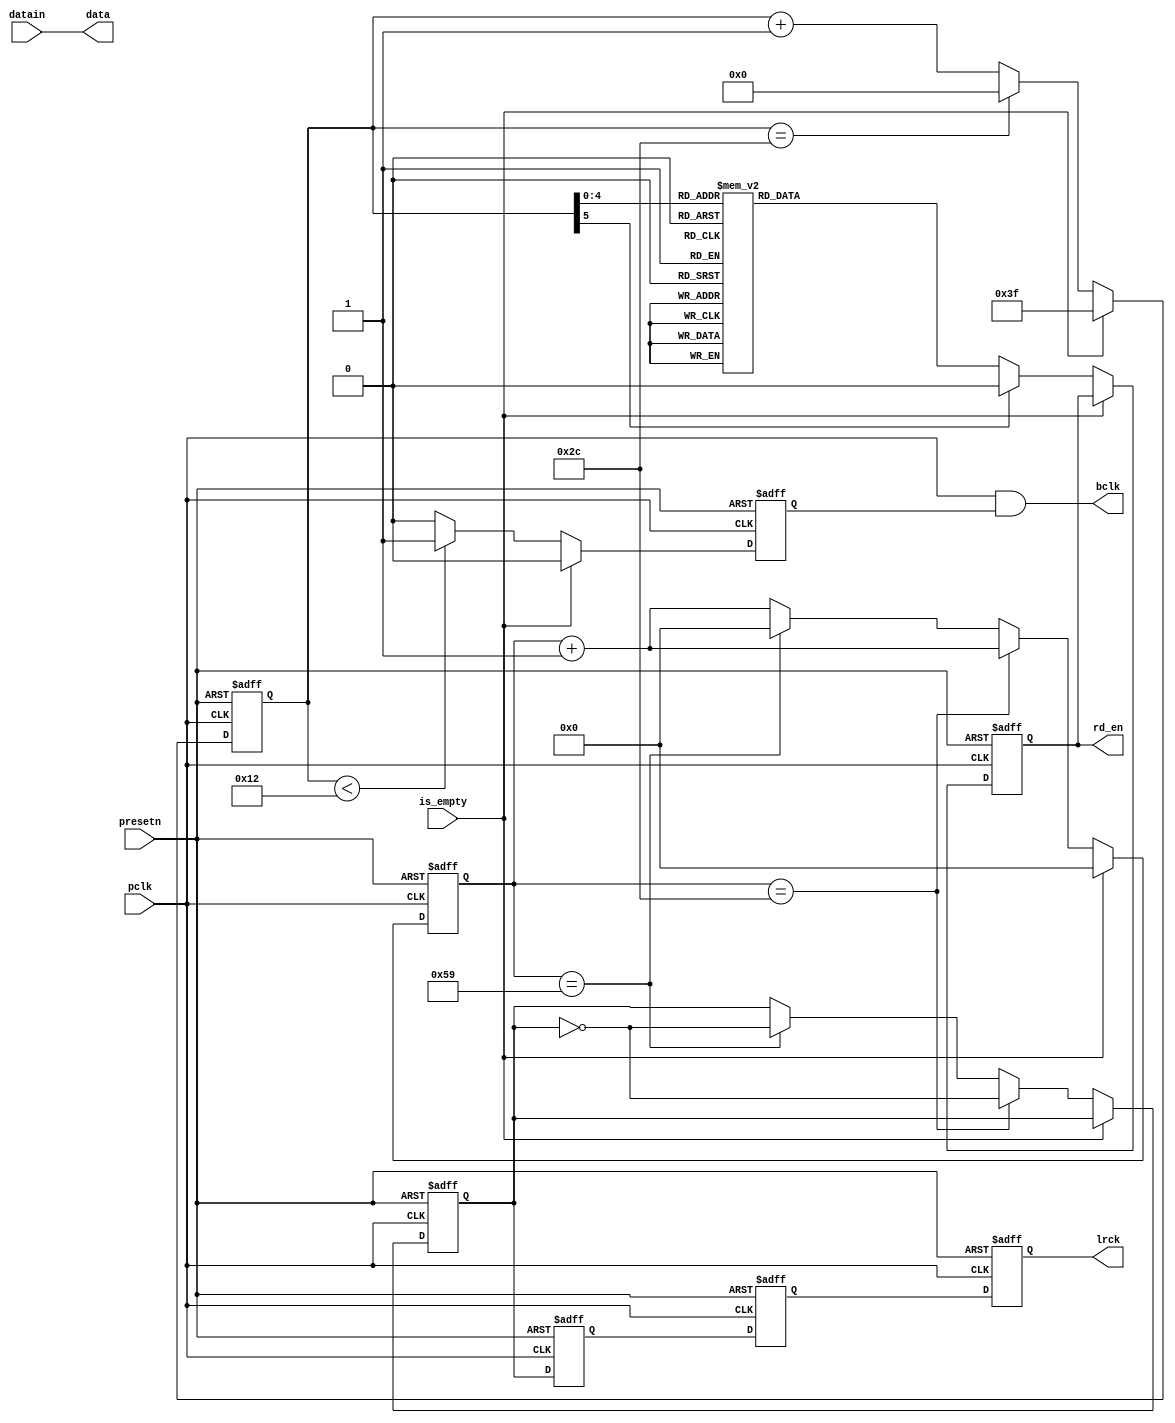
module senderpart(
	pclk,
	presetn,
	datain,
	is_empty,
	lrck,
	data,
	bclk,
	rd_en
);
input pclk;
input presetn;
input datain;
input is_empty;					//FIFO2
output lrck;
output data;
output rd_en;	
output bclk;
reg bclk_en;
reg[5:0]bclk_cnt;
reg rd_en_reg;
reg[6:0]lrckcnt;
reg lrck_reg;
//always@(negedge pclk or negedge presetn)			//WS
//	begin
//		if(!presetn)
//		begin
//			lrckcnt <= 7'd0;
//			lrck_reg	<= 1'b0;
//		end
//		else
//				if(lrckcnt ==7'd44)							//WS4590WS
//				begin
//					lrck_reg <= ~lrck_reg;
//					lrckcnt <= lrckcnt +1'b1;
//				end
//				else if (lrckcnt ==7'd89)
//				begin
//					lrck_reg <= ~lrck_reg;
//					lrckcnt <= 7'd0;
//				end
//				else
//					lrckcnt <=lrckcnt +1'b1;
//		end
//	end
//	
always@(posedge pclk or negedge presetn)			//WS
	begin
		if(!presetn)
		begin
			lrckcnt <= 7'd0;
			lrck_reg	<= 1'b0;
		end
		else
		begin
			if(!is_empty)
				begin
					if(lrckcnt ==7'd44)							//WS4590WS
					begin
						lrck_reg <= ~lrck_reg;
						lrckcnt <= lrckcnt +1'b1;
					end
					else if (lrckcnt ==7'd89)
					begin
						lrck_reg <= ~lrck_reg;
						lrckcnt <= 7'd0;
					end
					else
						lrckcnt <=lrckcnt +1'b1;
				end
			else
				lrckcnt <= 7'd0;
		end
	end
reg lrck_reg_delay1;
reg lrck_reg_delay2;
always@(posedge pclk or negedge presetn)			//WS
begin
	if(!presetn)
	begin
		lrck_reg_delay1 <= 1'b0;
		lrck_reg_delay2 <= 1'b0;
	end
	else
	begin
		lrck_reg_delay1 <= lrck_reg;
		lrck_reg_delay2 <= lrck_reg_delay1;
	end
end
reg lrck_reg_delay3;
always@(negedge pclk or negedge presetn)			//WS
begin
	if(!presetn)
		lrck_reg_delay3 <= 1'b0;
	else
		lrck_reg_delay3 <= lrck_reg_delay2;
end
	

always@(posedge pclk or negedge presetn)		//bclk
begin
	if(!presetn)
		bclk_cnt <= 6'd63;
	else if(!is_empty)
	begin
		if(bclk_cnt ==6'd44)
			bclk_cnt <= 6'd0;
		else
			bclk_cnt <= bclk_cnt +1'b1;
	end
	else
		bclk_cnt <= 6'd63;
end														//bclk
always@(negedge pclk or negedge presetn)
begin
	if(!presetn)
		bclk_en = 1'b0;
	else if(!is_empty)
	begin
	if(bclk_cnt <18)
		bclk_en <=1'b1;
	else
		bclk_en <=1'b0;
	end
	else
		bclk_en <=1'b0;
end

//reg datain_delay1;			//datain
//always@(negedge  pclk or negedge presetn)
//begin
//	if(!presetn)
//		datain_delay1 <= 1'b0;
//	else
//		datain_delay1 <= datain;
//end
always@(negedge pclk or negedge presetn)			//
begin
	if(!presetn)
		rd_en_reg <= 1'b0;
	else if(!is_empty)
		case(bclk_cnt)
		1,2,3,4,5,6,7,8,9,10,11,12,13,14,15,16:rd_en_reg <=1'b1;
		default: rd_en_reg <= 1'b0;
		endcase
end
assign lrck = lrck_reg_delay3;
//assign rd_en = bclk_cnt < 16 && !is_empty;
assign rd_en = rd_en_reg;
assign data =datain;
assign bclk = pclk &&bclk_en;

endmodule